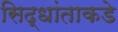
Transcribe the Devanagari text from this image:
सिद्धांताकडे